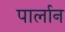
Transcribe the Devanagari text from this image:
पार्लान